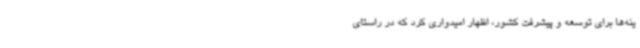
ینه‌ها برای توسعه و پیشرفت کشور، اظهار امیدواری کرد که در راستای